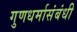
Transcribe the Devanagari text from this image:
गुणधर्मासंबंधी